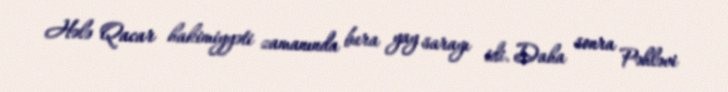
Hələ Qacar hakimiyyəti zamanında bura yay sarayı idi. Daha sonra Pəhləvi